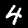
Digit: 4